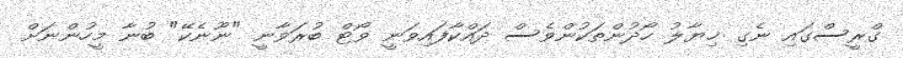
ގްރީސްގައި ނެގި ޚިޔާލު ހޯދުންތަކުންވެސް ދައްކާފައިވަނީ ވޯޓް ބުރަވާނީ "ނޫނެކޭ" ބުނާ މީހުންނަށް